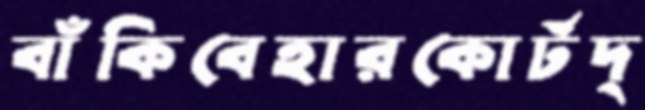
বাঁকিবেহারকোর্টদ্